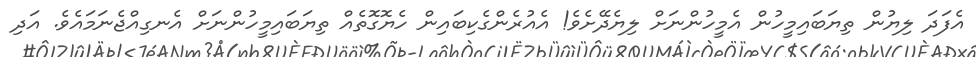
އެފަދަ ލިޔުން ތިޔަބައިމީހުން އެމީހުންނަށް ލިޔެދޭށެވެ! އެއުރެންގެކިބައިން ހެޔޮގޮތެއް ތިޔަބައިމީހުންނަށް އެނގިއްޖެނަމައެވެ. އަދި